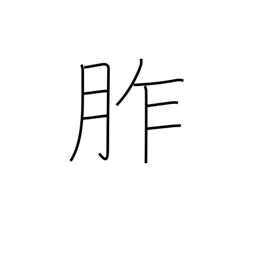
Meaning: offerings to gods